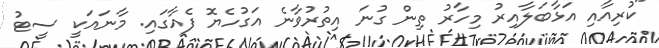
"ކުރިއާއި އަޅާބަލާއިރު މިހާރު ތިން ގުނަ އިތުރުވާނެ އަގުހެޔޮ ފެއާގައި. މާނައަކީ ސީޓު